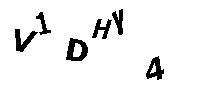
V1DHY4